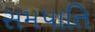
સમપાતિ